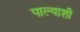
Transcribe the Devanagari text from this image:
पाल्याशी